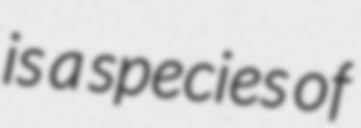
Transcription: is a species of